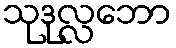
သုဒုလ္လဘော